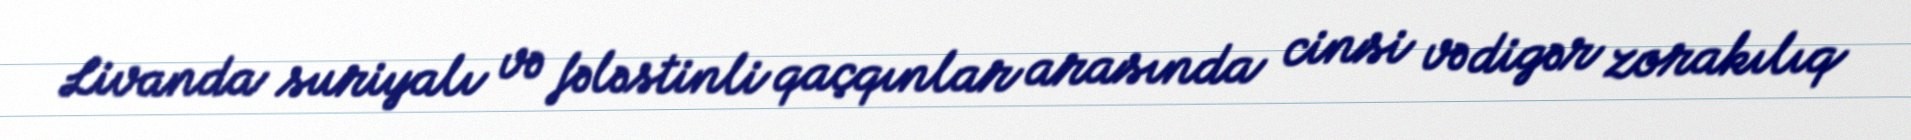
Livanda suriyalı və fələstinli qaçqınlar arasında cinsi və digər zorakılıq